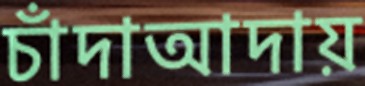
চাঁদাআদায়